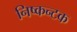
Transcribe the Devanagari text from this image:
निष्कन्टक